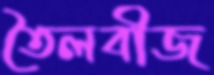
তৈলবীজ